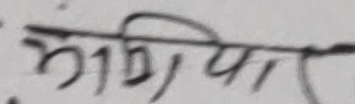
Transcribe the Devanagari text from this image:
सजिया